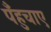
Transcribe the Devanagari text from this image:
पँहुचाए